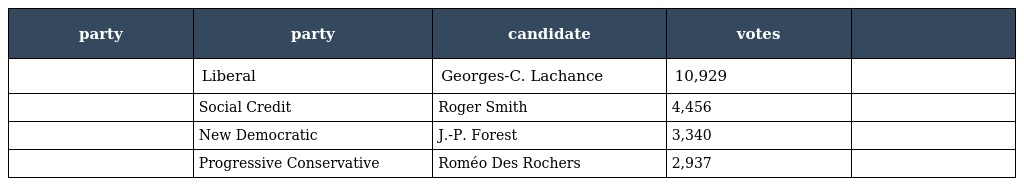
| party | party | candidate | votes |  |
 | --- | --- | --- | --- | --- |
 |  | Liberal | Georges-C. Lachance | 10,929 |  |
 |  | Social Credit | Roger Smith | 4,456 |  |
 |  | New Democratic | J.-P. Forest | 3,340 |  |
 |  | Progressive Conservative | Roméo Des Rochers | 2,937 |  |